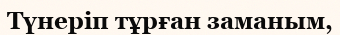
Түнеріп тұрған заманым,